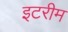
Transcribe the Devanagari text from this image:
इटरीम